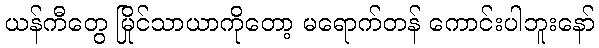
ယန်ကီတွေ မြိုင်သာယာကိုတော့ မရောက်တန် ကောင်းပါဘူးနော်